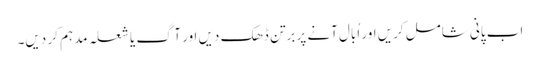
اب پانی شامل کریں اور اُبال آنے پر برتن ڈھک دیں اور آگ یا شعلہ مدہم کر دیں۔